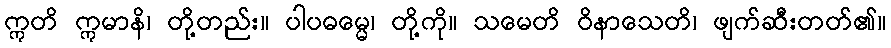
ဣတိ ဣမာနိ၊ တို့တည်း။ ပါပဓမ္မေ၊ တို့ကို။ သမေတိ ဝိနာသေတိ၊ ဖျက်ဆီးတတ်၏။